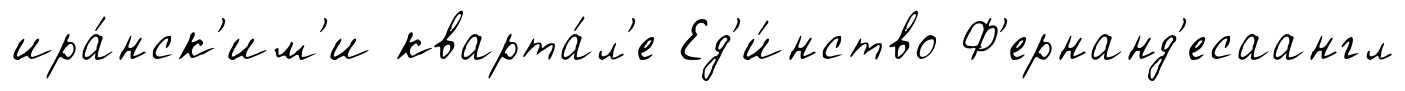
ира́нск'им'и кварта́л'е Ед'и́нство Ф'ернанд'есаангл